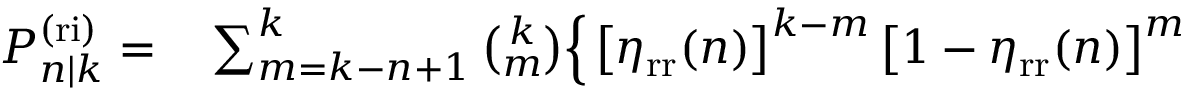
\begin{array} { r l } { P _ { n | k } ^ { \mathrm { ( r i ) } } = } & { { } \sum _ { m = k - n + 1 } ^ { k } \binom { k } { m } \Big \{ \left[ \eta _ { \mathrm { r r } } ( n ) \right] ^ { k - m } \left[ 1 - \eta _ { \mathrm { r r } } ( n ) \right] ^ { m } } \end{array}